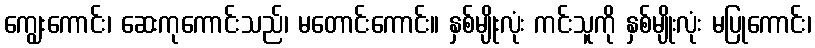
ကျွေးကောင်း၊ ဆေးကုကောင်းသည်၊ မတောင်းကောင်း။ နှစ်မျိုးလုံး ကင်းသူကို နှစ်မျိုးလုံး မပြုကောင်း၊